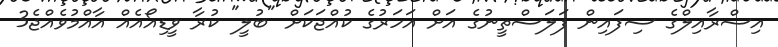
އިސްރާއިލްގެ ސިފައިން ފަލަސްތީނުގެ އަށް އަހަރުގެ ކުއްޖަކަށް "ބުލީ" ކުރާ ވީޑިއޯއެއް އާއްމުވެއްޖެ3